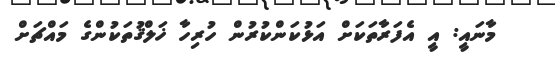
މާނައީ: އީ އެފަރާތަކަށް އަޅުކަންކުރުން ހުރިހާ ޚަލްޤުތަކުންގެ މައްޗަށް